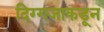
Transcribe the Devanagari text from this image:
दिग्गजाकडून